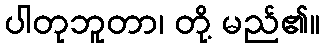
ပါတုဘူတာ၊ တို့ မည်၏။